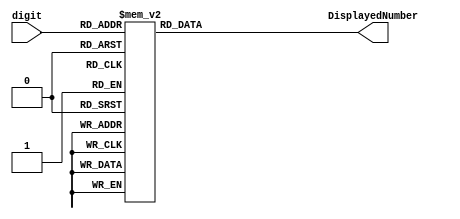
module DisplayNumber(
	input [3:0] digit,
	output reg [6:0] DisplayedNumber
);

always @(digit)
	begin
		case(digit)
			4'b0000: DisplayedNumber = 7'b1000000;
			4'b0001: DisplayedNumber = 7'h79;
			4'b0010: DisplayedNumber = 7'h24;
			4'b0011: DisplayedNumber = 7'h30;
			4'b0100: DisplayedNumber = 7'h19;
			4'b0101: DisplayedNumber = 7'h12;
			4'b0110: DisplayedNumber = 7'h02;	
			4'b0111: DisplayedNumber = 7'h78;
			4'b1000: DisplayedNumber = 7'h00;
			4'b1001: DisplayedNumber = 7'h18;
			default: DisplayedNumber = 7'b0111111;
		endcase
	end
endmodule